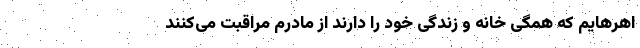
اهرهایم که همگی خانه و زندگی خود را دارند از مادرم مراقبت می‌کنند